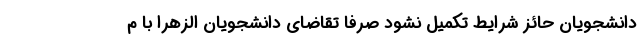
دانشجویان حائز شرایط تکمیل نشود صرفا تقاضای دانشجویان الزهرا با م